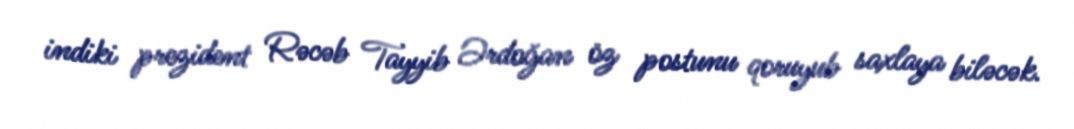
indiki prezident Rəcəb Tayyib Ərdoğan öz postunu qoruyub saxlaya biləcək.